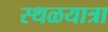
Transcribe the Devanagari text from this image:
स्थळयात्रा